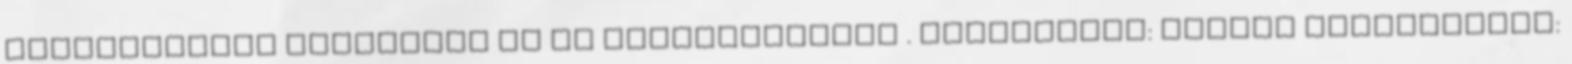
történtekkel folytatom az én szemszögemből . Eredmények: Egyéni végeredmény: